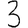
Digit: 3